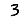
Digit: 3